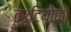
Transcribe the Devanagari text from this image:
त्रुटियोको